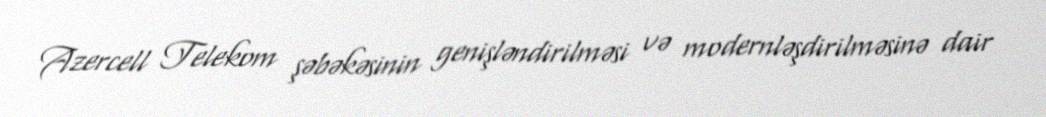
Azercell Telekom şəbəkəsinin genişləndirilməsi və modernləşdirilməsinə dair